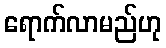
ရောက်လာမည်ဟု